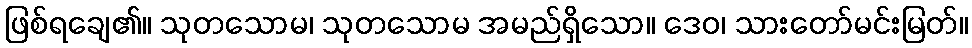
ဖြစ်ရချေ၏။ သုတသောမ၊ သုတသောမ အမည်ရှိသော။ ဒေဝ၊ သားတော်မင်းမြတ်။